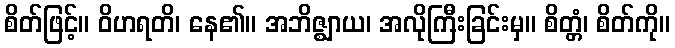
စိတ်ဖြင့်။ ဝိဟရတိ၊ နေ၏။ အဘိဇ္ဈာယ၊ အလိုကြီးခြင်းမှ။ စိတ္တံ၊ စိတ်ကို။